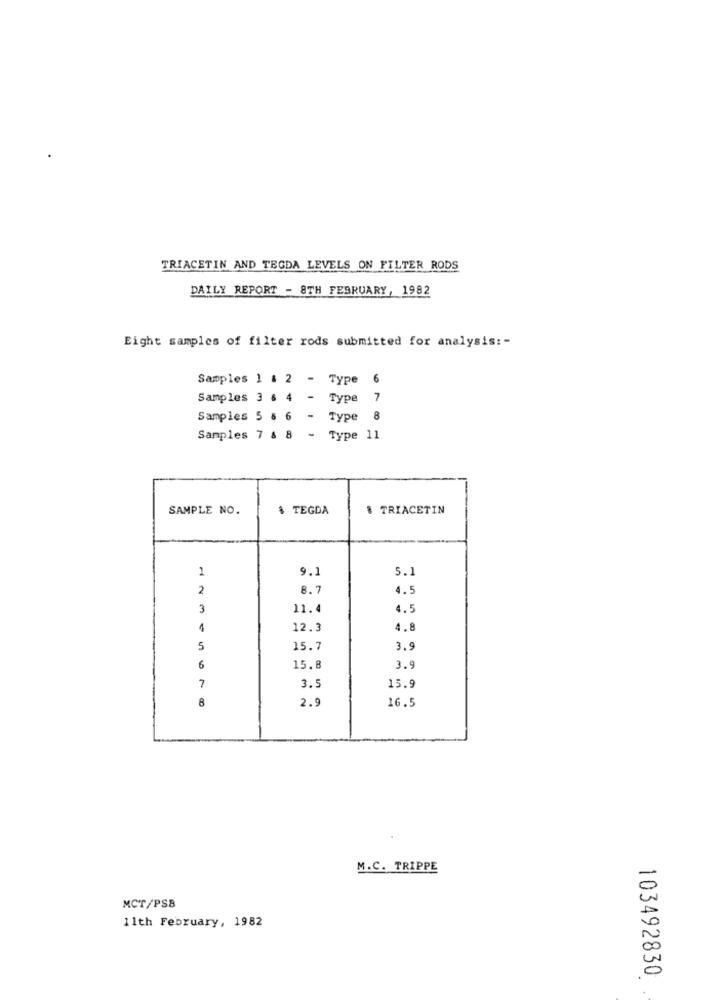
TRIACETIN AND TEGDA LEVELS ON FILTER RODS
DAILY REPORT - 8TH FEBRUARY, 1982
Eight samples of filter rods submitted for analysis :-
Samples 1 & 2 - Type 6
Samples 3 & 4 -
Type
7
Samples 5 8 6 -
Type
8
Samples 7 & 8 - Type 11
SAMPLE NO.
1 TEGDA
& TRIACETIN
1
9.1
5.1
2
8.7
4.5
3
11.4
4.5
4
12.3
1.8
5
15.7
3.9
6
15.8
3.9
3.5
7
15.9
8
2.9
16.5
M.C. TRIPPE
MCT/PSB
11th February, 1982
103492830